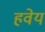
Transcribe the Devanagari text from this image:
हवेय